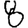
Digit: 8